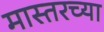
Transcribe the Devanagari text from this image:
मास्तरच्या